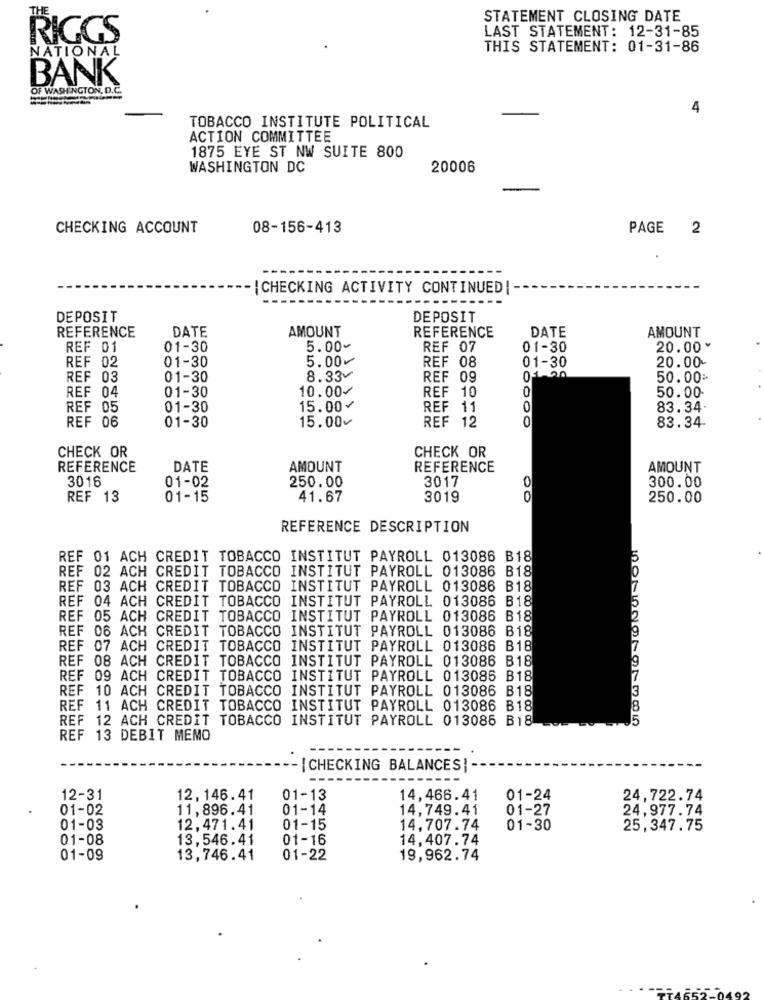
THE
STATEMENT CLOSING DATE
RIGGS
LAST STATEMENT: 12-31-85
NATIONAL
THIS STATEMENT: 01-31-86
BANK
OF WASHINGTON, D.C.
---
4
TOBACCO INSTITUTE POLITICAL
ACTION COMMITTEE
1875 EYE ST NW SUITE 800
WASHINGTON DC
20006
CHECKING ACCOUNT
08-156-413
PAGE 2
{CHECKING ACTIVITY CONTINUED! --
DEPOSIT
DEPOSIT
DATE
AMOUNT
REFERENCE
DATE
AMOUNT
REFERENCE
REF 01
01-30
5.00~
REF 07
01-30
20.00*
01-30
5.00
REF 08
20.00
REF 02
01-30
REF 03
01-30
8.33v
REF 09
50.00:
REF 04
01-30
10.00/
REF 10
0
50.00
REF 05
01-30
15.00~
REF 11
0
83.34
REF 06
01-30
15.00~
REF 12
0
83.34
CHECK OR
CHECK OR
REFERENCE
DATE
AMOUNT
REFERENCE
AMOUNT
3016
01-02
250.00
3017
0
300.00
REF 13
01-15
41.67
3019
0
250.00
REFERENCE DESCRIPTION
REF 01 ACH CREDIT TOBACCO INSTITUT PAYROLL 013086 B18
REF 02 ACH CREDIT TOBACCO INSTITUT PAYROLL 013086 B18
REF 03 ACH CREDIT TOBACCO INSTITUT PAYROLL 013086 B18
REF 04 ACH CREDIT TOBACCO INSTITUT PAYROLL 013086 B18
REF 05 ACH CREDIT TOBACCO INSTITUT PAYROLL 013086 B18
REF 06 ACH CREDIT TOBACCO INSTITUT PAYROLL 013086 B18
REF 07 ACH CREDIT TOBACCO INSTITUT PAYROLL 013086 B18
REF 08 ACH CREDIT TOBACCO INSTITUT PAYROLL 013086 B18
REF 09 ACH CREDIT TOBACCO INSTITUT PAYROLL 013086 B18
REF 10 ACH CREDIT TOBACCO INSTITUT PAYROLL 013086 B18
REF 11 ACH CREDIT TOBACCO INSTITUT PAYROLL 013086 B18
REF 12 ACH CREDIT TOBACCO INSTITUT PAYROLL 013085 B18
15
REF 13 DEBIT MEMO
- [CHECKING BALANCES|
12-31
12,146.41
01-13
14,466.41
01-24
24,722.74
01-02
11,896.41
01-14
14,749.41
01-27
24,977.74
01-03
12,471.41
01-15
14,707.74
01-30
25,347.75
01-08
13,546.41
01-16
14,407.74
01-09
13,746.41
01-22
19,962.74